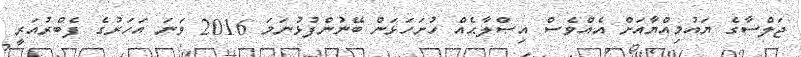
ޖަލްސާގެ ޔައުމިއްޔާއަށް އެއްވެސް އިޞްލާޙެއް ހުށަހަޅަން ބޭނުންފުޅުނަމަ 2016 ވަނަ އަހަރުގެ ފެބްރުއަރީ